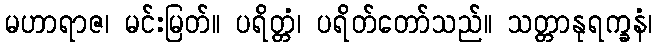
မဟာရာဇ၊ မင်းမြတ်။ ပရိတ္တံ၊ ပရိတ်တော်သည်။ သတ္တာနုရက္ခနံ၊